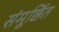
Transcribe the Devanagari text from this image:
संमूर्छित